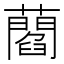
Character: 𧂄